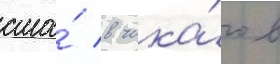
сша́ в чика́го в